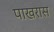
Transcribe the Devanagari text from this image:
पाखरास